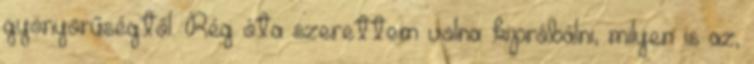
gyönyörűségtől. Rég óta szerettem volna kipróbálni, milyen is az,